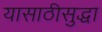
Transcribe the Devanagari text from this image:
यासाठीसुद्धा